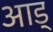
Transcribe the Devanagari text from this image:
आड्